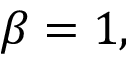
\beta = 1 ,